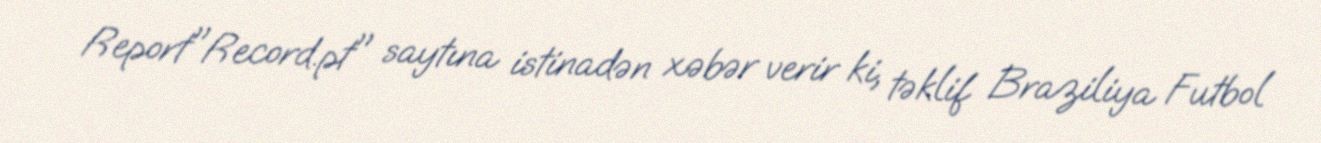
Report"Record.pt" saytına istinadən xəbər verir ki, təklif Braziliya Futbol